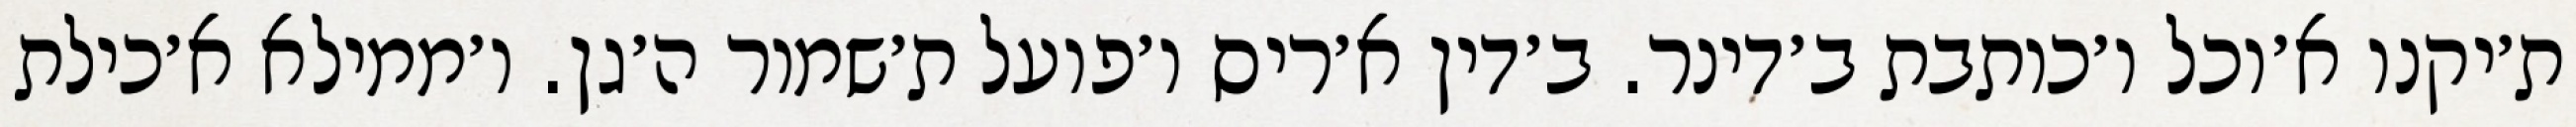
ת׳יקנו א׳וכל ו׳כותבת ב׳דינר. ב׳דין א׳ריס ו׳פועל ת׳שמור ה׳גן. ו׳ממילא א׳כילת